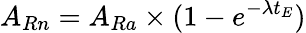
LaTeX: A_{Rn}=A_{Ra}\times(1-e^{-\lambda t_{E}})